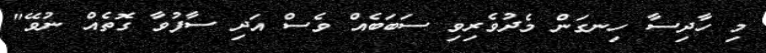
މި ހާދިސާ ހިނގަން މެދުވެރިވި ސަބަބެއް ވެސް އަދި ސާފުވާ ގޮތެއް ނުވޭ"